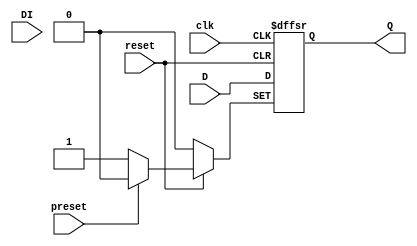
module scff_1 (D, DI, clk, preset, reset, Q); // QL_FF
    parameter  [0:0] MODE = 1; // The default
    input      [0:0] D;
    input      [0:0] DI;
    input      [0:0] clk;
    input      [0:0] preset;
    input      [0:0] reset;
    output reg [0:0] Q;
    initial Q <= 1'b0;
    // Clock inverter
    wire ck = (MODE == 1'b1) ? clk : !clk;
    // FLip-flop behavioral model
    always @(posedge ck or negedge reset or negedge preset) begin
        if      (!reset)  Q <= 1'b0;
        else if (!preset) Q <= 1'b1;
        else              Q <= D;
    end
    // Timing paths. The values are dummy and are intended to be replaced by
    // ones from a SDF file during simulation.
    specify
      (posedge clk => (Q +: D)) = 0;
      $setuphold(posedge clk, D, 0, 0);
      $recrem(posedge reset, posedge clk, 0, 0);
      $recrem(posedge preset, posedge clk, 0, 0);
    endspecify
endmodule